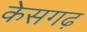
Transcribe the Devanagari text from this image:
केसगढ़